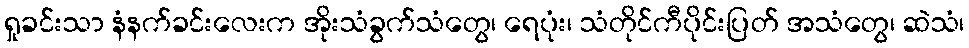
ရှုခင်းသာ နံနက်ခင်းလေးက အိုးသံခွက်သံတွေ၊ ရေပုံး၊ သံတိုင်ကီပိုင်းပြတ် အသံတွေ၊ ဆဲသံ၊